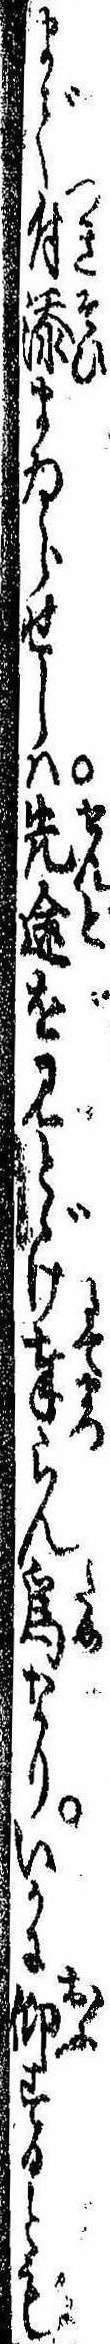
まで付添まゐらせしは先途を見とゞけ奉らん為なりいかに仰するとも